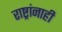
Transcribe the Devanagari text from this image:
राष्ट्रांनाही